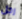
رجل